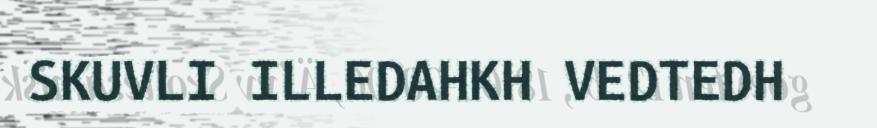
SKUVLI ILLEDAHKH VEDTEDH